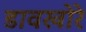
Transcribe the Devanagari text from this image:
डावखोरे